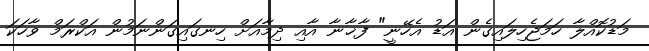
މަޑުކޮއްލާ ހަމަޖެހިލައިގެން އަޑު އެހޭނީ" ފާޚާނާ އާއި ދިމާއަށް ހިނގައިގަންނަމުން އަކްރަމް ވާހަކަ